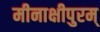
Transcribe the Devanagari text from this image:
मीनाक्षीपुरम्